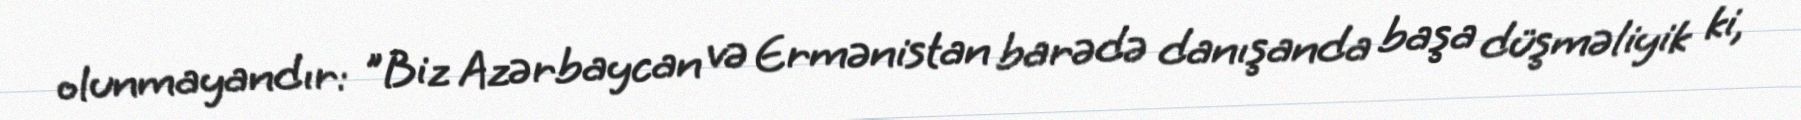
olunmayandır: "Biz Azərbaycan və Ermənistan barədə danışanda başa düşməliyik ki,